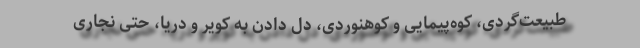
طبیعت‌گردی، کوه‌پیمایی و کوهنوردی، دل دادن به کویر و دریا، حتی نجاری